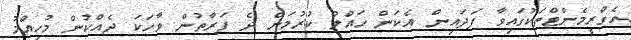
އެގްރީމެންޓްތަކުގައިވާ ފަދައިން އެކަން ހައްލު ކުރުމަށް ދެ ފަރާތުން ވާހަކަ ދެއްކުން މުހިއްމު